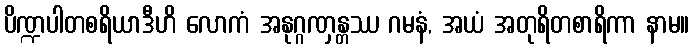
ပိဏ္ဍပါတစရိယာဒီဟိ လောကံ အနုဂ္ဂဏှန္တဿ ဂမနံ, အယံ အတုရိတစာရိကာ နာမ။